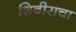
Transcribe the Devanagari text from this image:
शिबीराचा